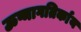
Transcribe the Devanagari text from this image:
ऊष्मागतिर्काय